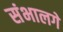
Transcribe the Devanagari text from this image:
संभालगे